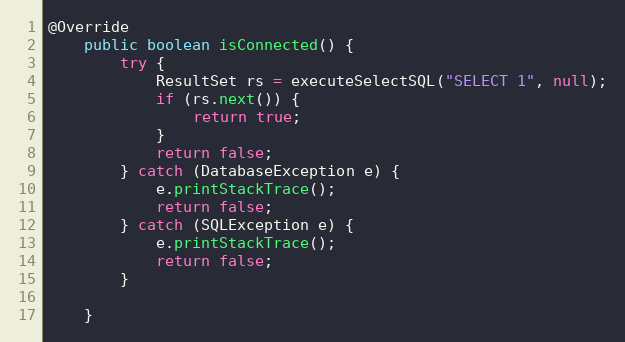
Language: Java
@Override
	public boolean isConnected() {
		try {
			ResultSet rs = executeSelectSQL("SELECT 1", null);
			if (rs.next()) {
				return true;
			}
			return false;
		} catch (DatabaseException e) {
			e.printStackTrace();
			return false;
		} catch (SQLException e) {
			e.printStackTrace();
			return false;
		}

	}